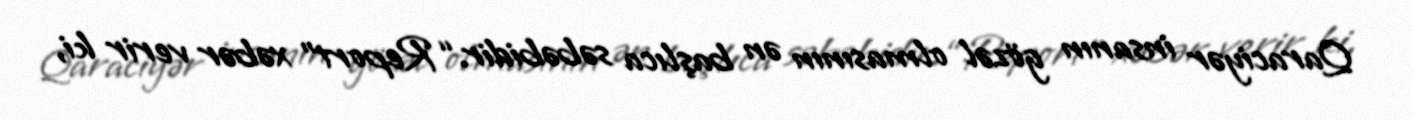
Qaraciyər insanın gözəl olmasının ən başlıca səbəbidir.“Report” xəbər verir ki,